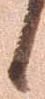
候